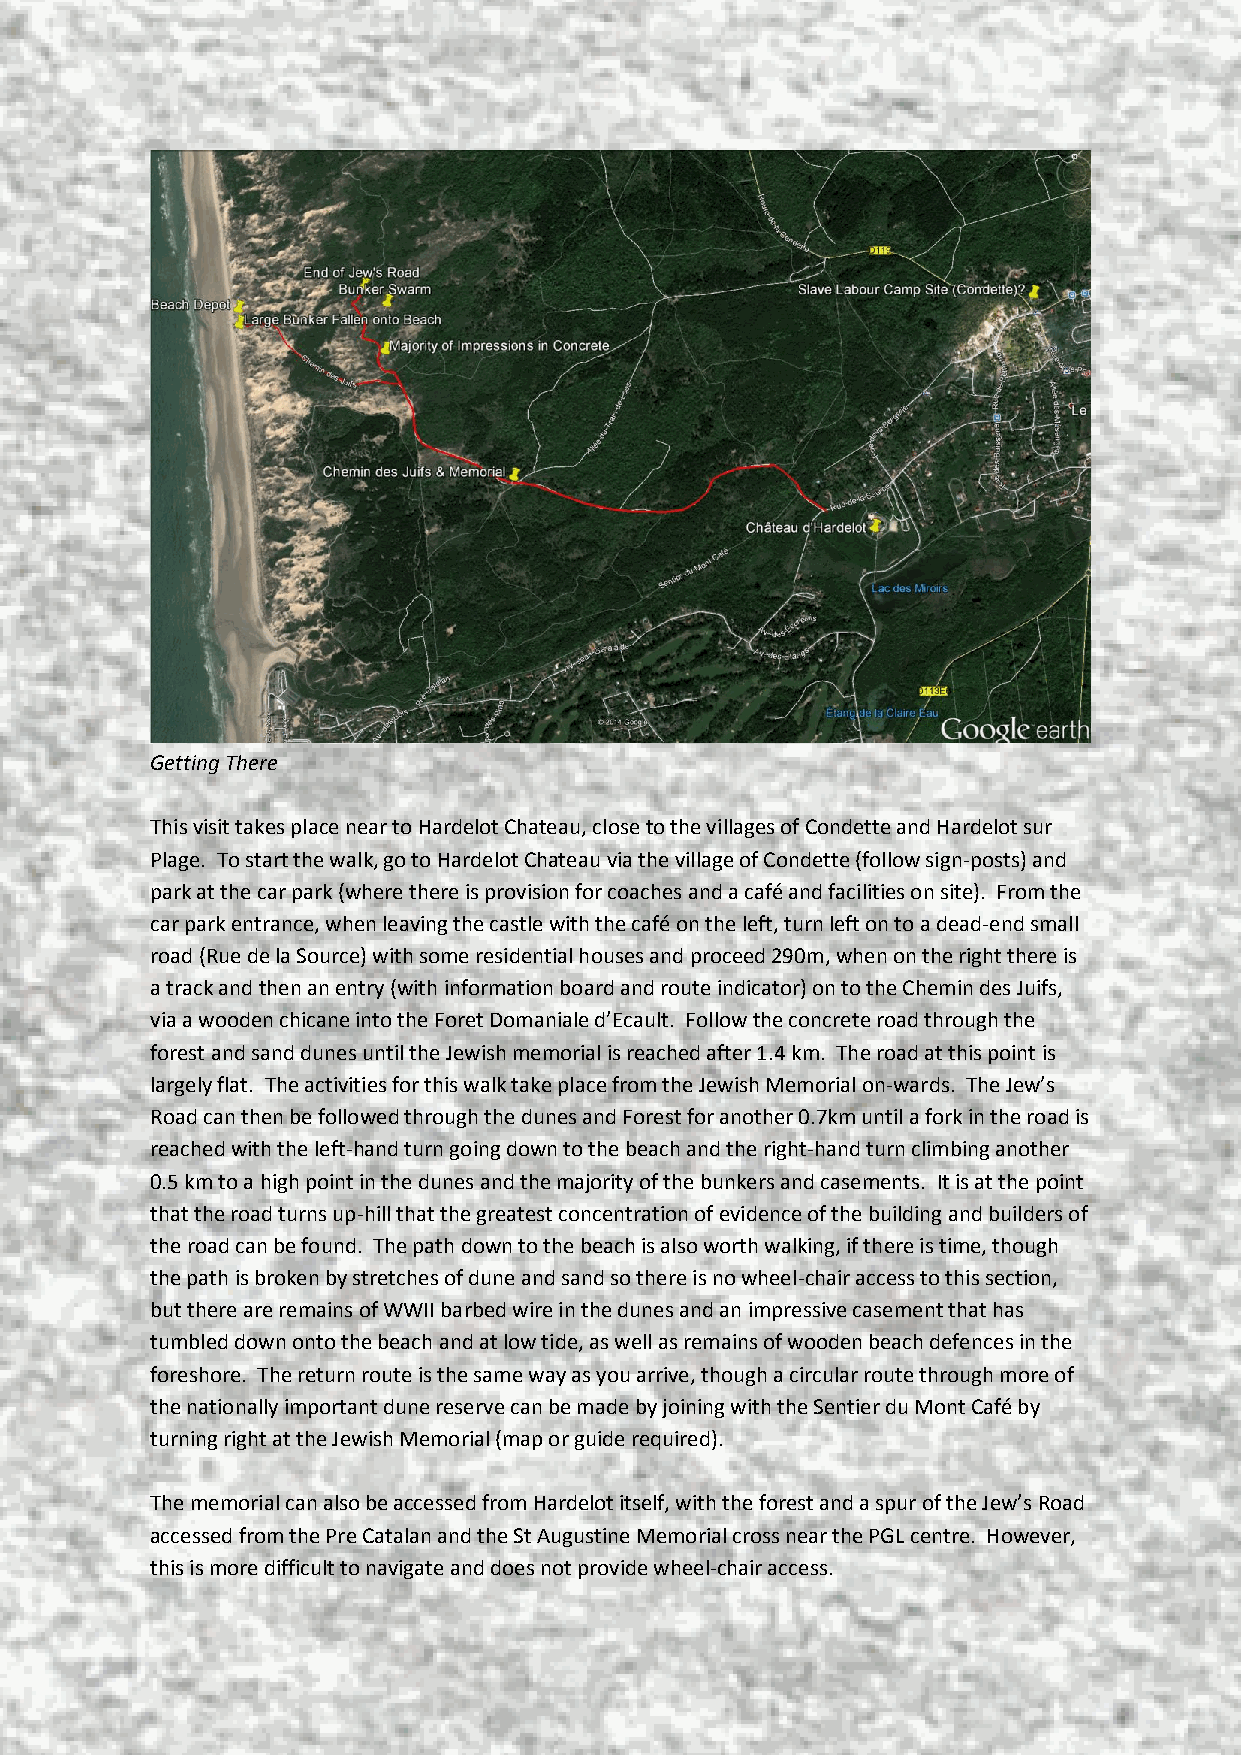
Getting There
 This visit takes place near to Hardelot Chateau, close to the villages of Condette and Hardelot sur
 Plage. To start the walk, go to Hardelot Chateau via the village of Condette (follow sign-posts) and
 park at the car park (where there is provision for coaches and a café and facilities on site). From the
 car park entrance, when leaving the castle with the café on the left, turn left on to a dead-end small
 road (Rue de la Source) with some residential houses and proceed 290m, when on the right there is
 a track and then an entry (with information board and route indicator) on to the Chemin des Juifs,
 via a wooden chicane into the Foret Domaniale d’Ecault. Follow the concrete road through the
 forest and sand dunes until the Jewish memorial is reached after 1.4 km. The road at this point is
 largely flat. The activities for this walk take place from the Jewish Memorial on-wards. The Jew’s
 Road can then be followed through the dunes and Forest for another 0.7km until a fork in the road is
 reached with the left-hand turn going down to the beach and the right-hand turn climbing another
 0.5 km to a high point in the dunes and the majority of the bunkers and casements. It is at the point
 that the road turns up-hill that the greatest concentration of evidence of the building and builders of
 the road can be found. The path down to the beach is also worth walking, if there is time, though
 the path is broken by stretches of dune and sand so there is no wheel-chair access to this section,
 but there are remains of WWII barbed wire in the dunes and an impressive casement that has
 tumbled down onto the beach and at low tide, as well as remains of wooden beach defences in the
 foreshore. The return route is the same way as you arrive, though a circular route through more of
 the nationally important dune reserve can be made by joining with the Sentier du Mont Café by
 turning right at the Jewish Memorial (map or guide required).
 The memorial can also be accessed from Hardelot itself, with the forest and a spur of the Jew’s Road
 accessed from the Pre Catalan and the St Augustine Memorial cross near the PGL centre. However,
 this is more difficult to navigate and does not provide wheel-chair access.